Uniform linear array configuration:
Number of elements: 32
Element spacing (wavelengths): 0.75
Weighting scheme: exponential
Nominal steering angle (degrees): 30
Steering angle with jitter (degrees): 31.34
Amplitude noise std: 0.05
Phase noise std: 0.05

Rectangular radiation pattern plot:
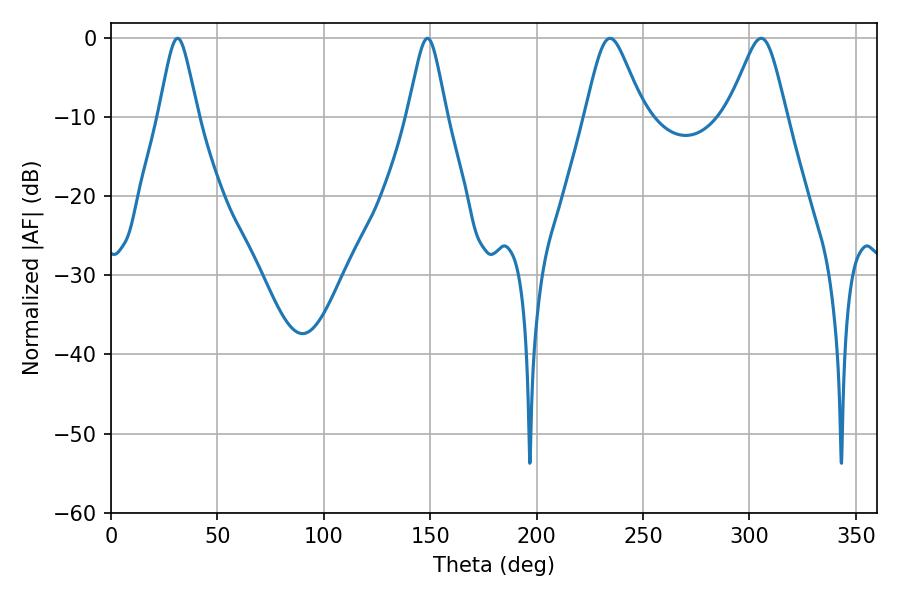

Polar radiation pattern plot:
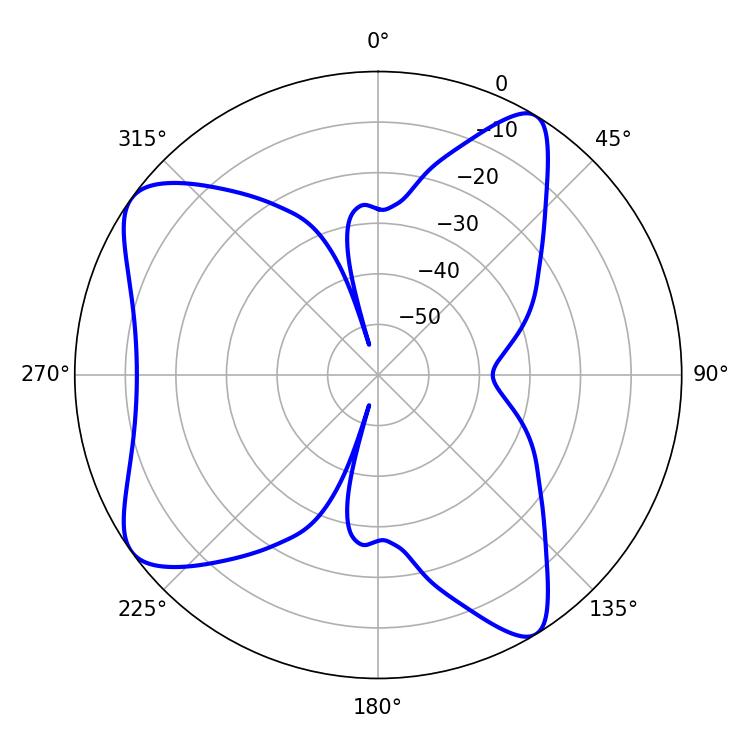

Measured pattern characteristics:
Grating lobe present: TRUE
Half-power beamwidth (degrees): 8.82
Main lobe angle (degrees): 148.68